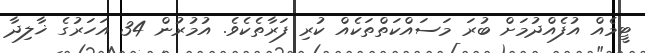
ޓީމެއް އުފެއްދުމަށް ބުރަ މަސައްކަތްތަކެއް ކުރި ފަރާތެކެވެ. އުމުރުން 34 އަހަރުގެ ޚާލިދާ